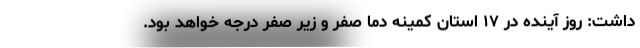
داشت: روز آینده در ۱۷ استان کمینه دما صفر و زیر صفر درجه خواهد بود.